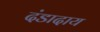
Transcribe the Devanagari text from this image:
दंडादाय